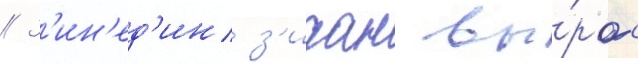
// З'ин'ед'ин з'идан вы́рос